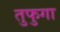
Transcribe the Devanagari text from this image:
तुफुगा